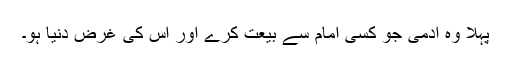
پہلا وہ آدمی جو کسی امام سے بیعت کرے اور اس کی غرض دنیا ہو۔